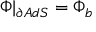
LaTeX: \Phi | _ { \partial A d S } = \Phi _ { b }